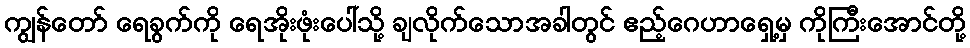
ကျွန်တော် ရေခွက်ကို ရေအိုးဖုံးပေါ်သို့ ချလိုက်သောအခါတွင် ဧည့်ဂေဟာရှေ့မှ ကိုကြီးအောင်တို့